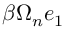
\beta \Omega _ { n } e _ { 1 }